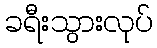
ခရီးသွားလုပ်